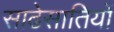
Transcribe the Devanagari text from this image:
साढेसातियों